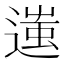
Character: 𨖀